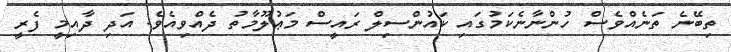
ތިބޭނެ ތަނެއްވެސް ހުންނާނެކަމުގައި ކައުންސިލް ރައީސް މަޢުލޫމާތު ދެއްވިއެވެ. އަދި ދާއިމީ ފެރީ